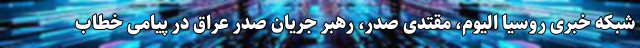
شبکه خبری روسیا الیوم، مقتدی صدر، رهبر جریان صدر عراق در پیامی خطاب